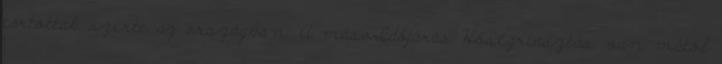
tartottak szerte az országban. A másoIdőjárás Hőségriasztás van mától